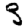
Digit: 3